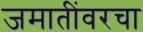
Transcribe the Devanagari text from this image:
जमातींवरचा